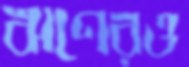
ঋণেরও